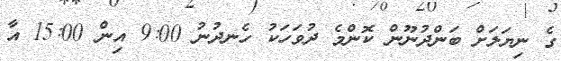
ގެ ނިޔަލަށް ބަންދުނޫން ކޮންމެ ދުވަހަކު ހެނދުނު 9:00 އިން 15:00 އާ